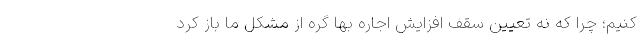
کنیم؛ چرا که نه تعیین سقف افزایش اجاره بها گره از مشکل ما باز کرد